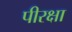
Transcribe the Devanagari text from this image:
पीरक्षा